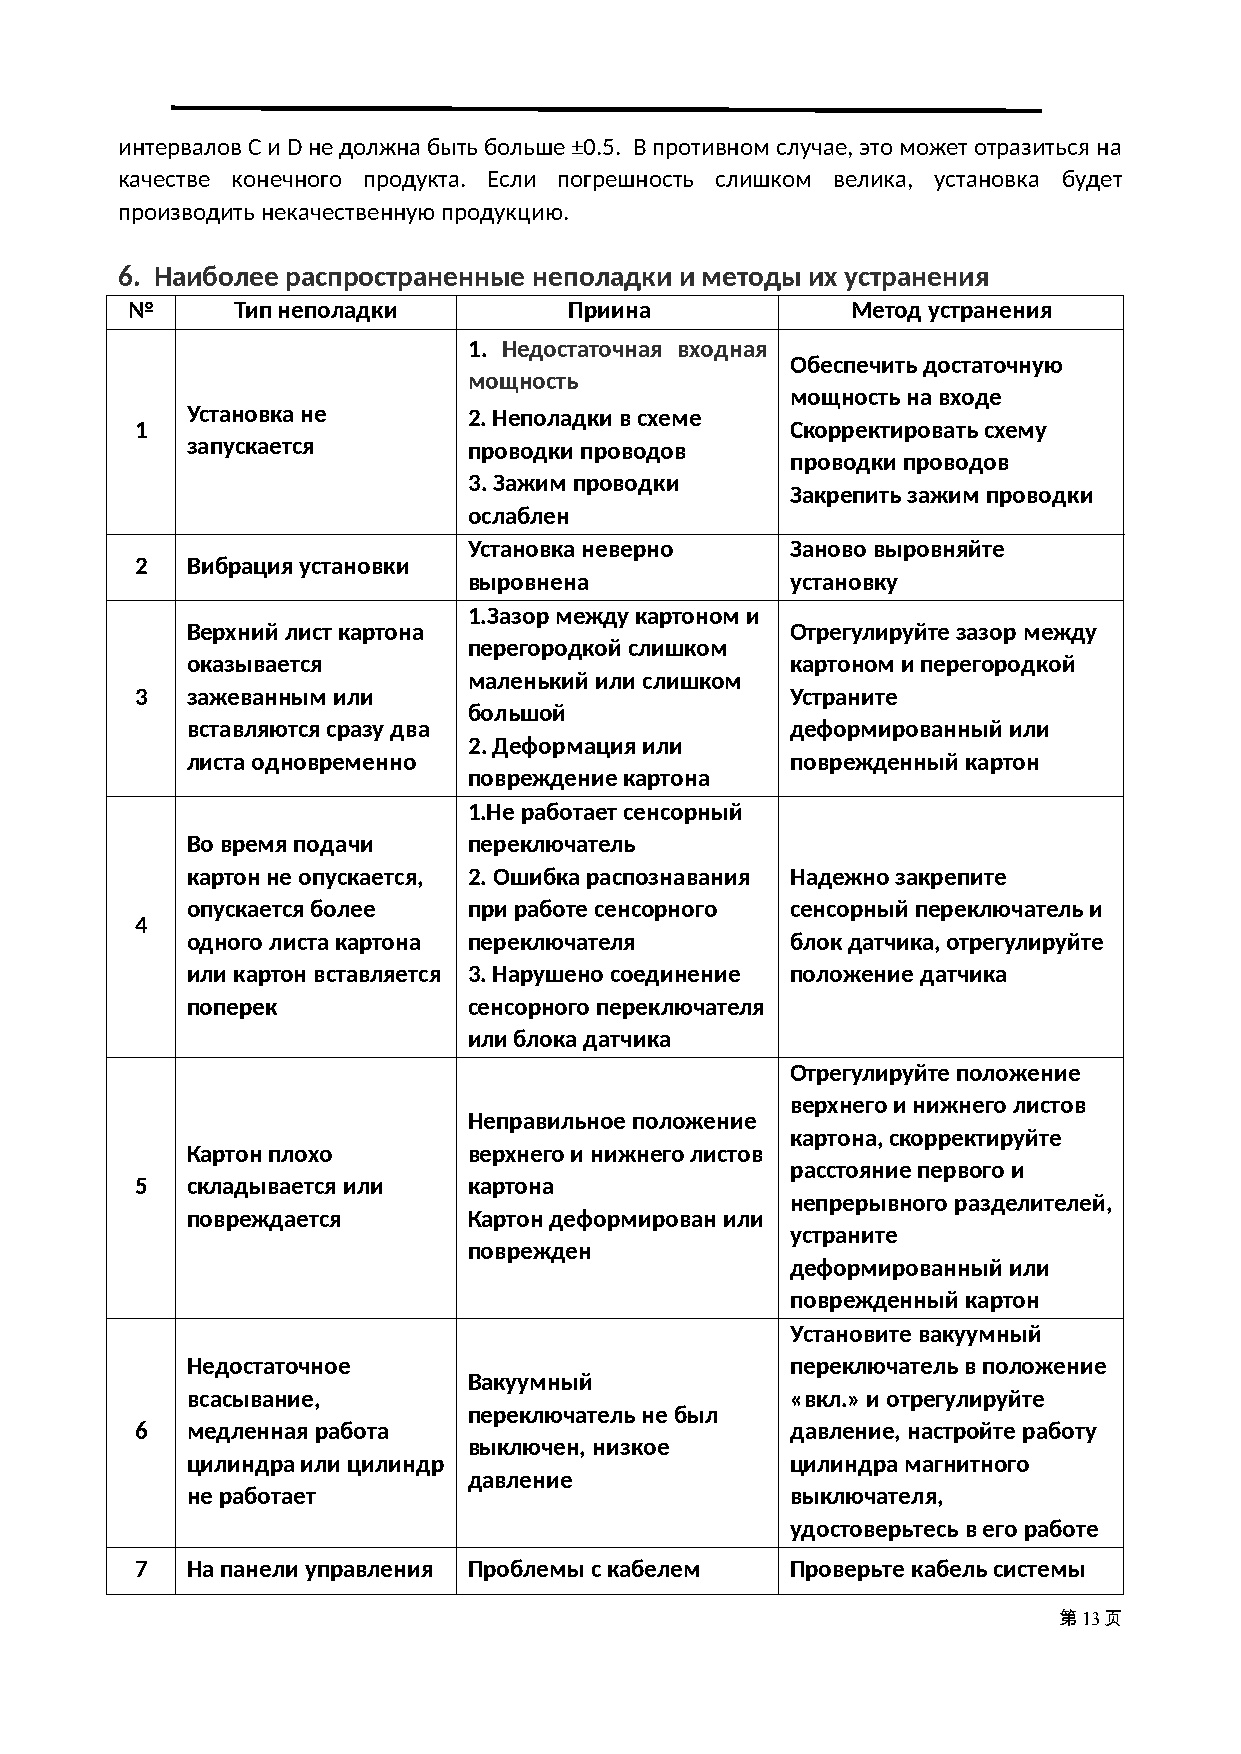
интервалов C и D не должна быть больше ±0.5. В противном случае, это может отразиться на
 качестве конечного продукта. Если погрешность слишком велика, установка будет
 производить некачественную продукцию.
 6. Наиболее распространенные неполадки и методы их устранения
 №       Тип неполадки         Приина            Метод устранения
 1. Недостаточная входная
 Обеспечить достаточную
 мощность
 мощность на входе
 Установка не       2. Неполадки в схеме
 1                                          Скорректировать схему
 запускается        проводки проводов
 проводки проводов
 3. Зажим проводки
 Закрепить зажим проводки
 ослаблен
 Установка неверно    Заново выровняйте
 2  Вибрация установки
 выровнена            установку
 1.Зазор между картоном и
 Верхний лист картона                    Отрегулируйте зазор между
 перегородкой слишком
 оказывается                             картоном и перегородкой
 маленький или слишком
 3  зажеванным или                          Устраните
 большой
 вставляются сразу два                   деформированный или
 2. Деформация или
 листа одновременно                      поврежденный картон
 повреждение картона
 1.Не работает сенсорный
 Во время подачи    переключатель
 картон не опускается, 2. Ошибка распознавания Надежно закрепите
 опускается более   при работе сенсорного сенсорный переключатель и
 4
 одного листа картона переключателя      блок датчика, отрегулируйте
 или картон вставляется 3. Нарушено соединение положение датчика
 поперек            сенсорного переключателя
 или блока датчика
 Отрегулируйте положение
 верхнего и нижнего листов
 Неправильное положение
 картона, скорректируйте
 Картон плохо       верхнего и нижнего листов
 расстояние первого и
 5  складывается или   картона
 непрерывного разделителей,
 повреждается       Картон деформирован или
 устраните
 поврежден
 деформированный или
 поврежденный картон
 Установите вакуумный
 Недостаточное                           переключатель в положение
 Вакуумный
 всасывание,                             «вкл.» и отрегулируйте
 переключатель не был
 6  медленная работа                        давление, настройте работу
 выключен, низкое
 цилиндра или цилиндр                    цилиндра магнитного
 давление
 не работает                             выключателя,
 удостоверьтесь в его работе
 7  На панели управления Проблемы с кабелем Проверьте кабель системы
 第13页